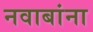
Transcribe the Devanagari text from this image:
नवाबांना